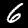
Digit: 6